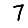
Digit: 7